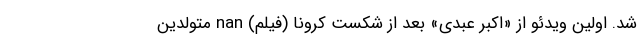
شد. اولین ویدئو از «اکبر عبدی» بعد از شکست کرونا (فیلم) nan متولدین